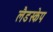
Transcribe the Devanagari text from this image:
लैडस्केप